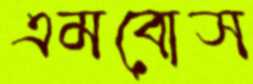
এমবোস